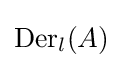
\operatorname {Der} _{l}(A)